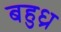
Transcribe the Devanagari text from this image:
बहुध्र